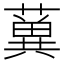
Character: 𦾲